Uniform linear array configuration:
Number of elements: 64
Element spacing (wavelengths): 0.5
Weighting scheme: kaiser
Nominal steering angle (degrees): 30
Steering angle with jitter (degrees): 28.344
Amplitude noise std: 0.05
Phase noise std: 0.05

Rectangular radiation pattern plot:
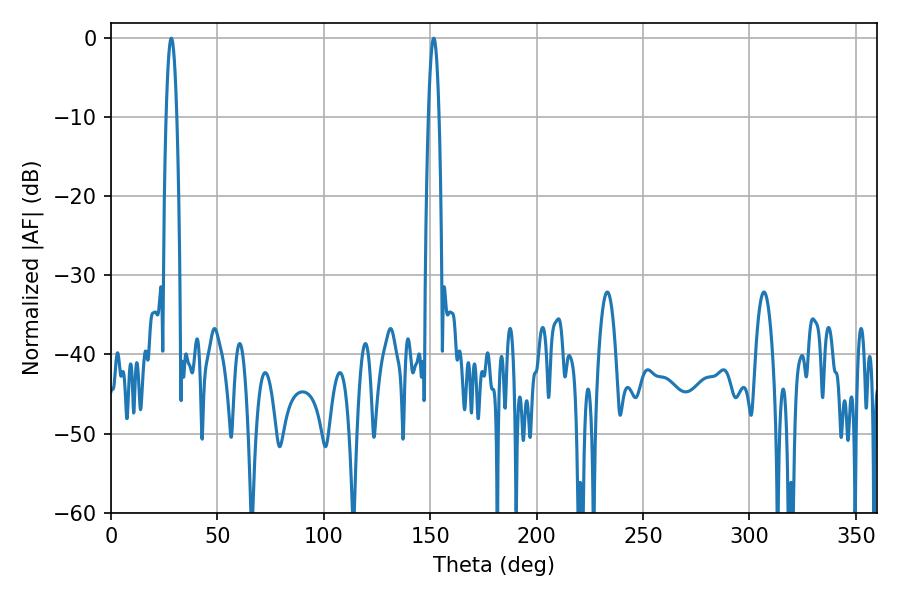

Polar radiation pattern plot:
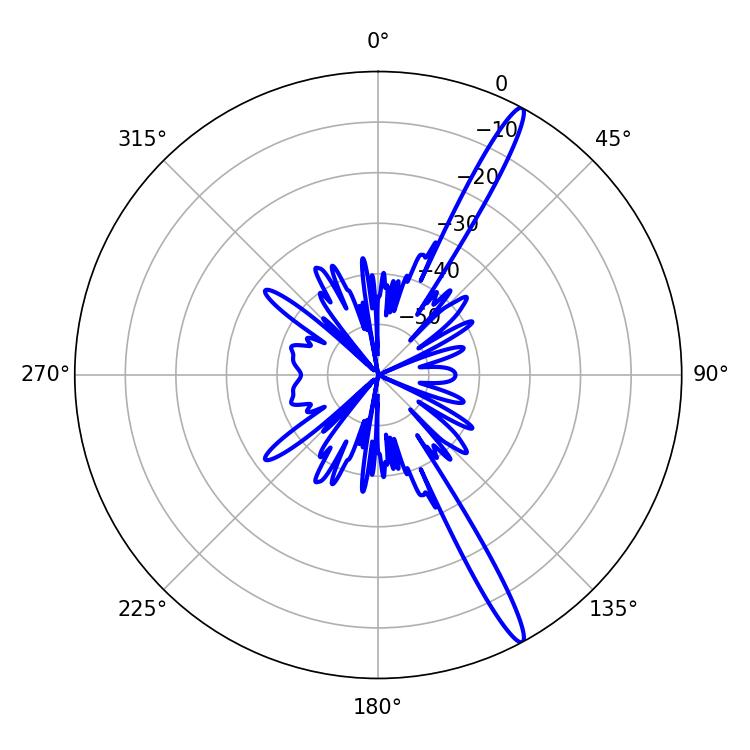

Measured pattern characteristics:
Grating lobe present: FALSE
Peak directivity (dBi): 16.02
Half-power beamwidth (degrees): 2.7
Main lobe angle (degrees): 151.74